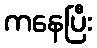
ကနေပြီး